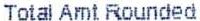
TOTAL AMT ROUNDED